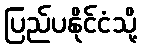
ပြည်ပနိုင်ငံသို့